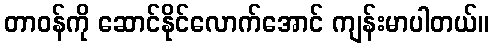
တာဝန်ကို ဆောင်နိုင်လောက်အောင် ကျန်းမာပါတယ်။